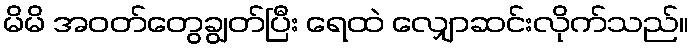
မိမိ အဝတ်တွေချွတ်ပြီး ရေထဲ လျှောဆင်းလိုက်သည်။